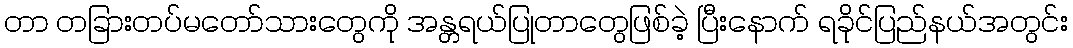
တာ တခြားတပ်မတော်သားတွေကို အန္တရယ်ပြုတာတွေဖြစ်ခဲ့ ပြီးနောက် ရခိုင်ပြည်နယ်အတွင်း